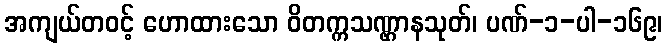
အကျယ်တဝင့် ဟောထားသော ဝိတက္ကသဏ္ဌာနသုတ်၊ ပဏ်-၁-ပါ-၁၆၉၊